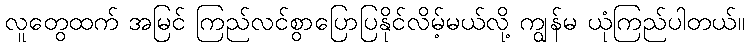
လူတွေထက် အမြင် ကြည်လင်စွာပြောပြနိုင်လိမ့်မယ်လို့ ကျွန်မ ယုံကြည်ပါတယ်။